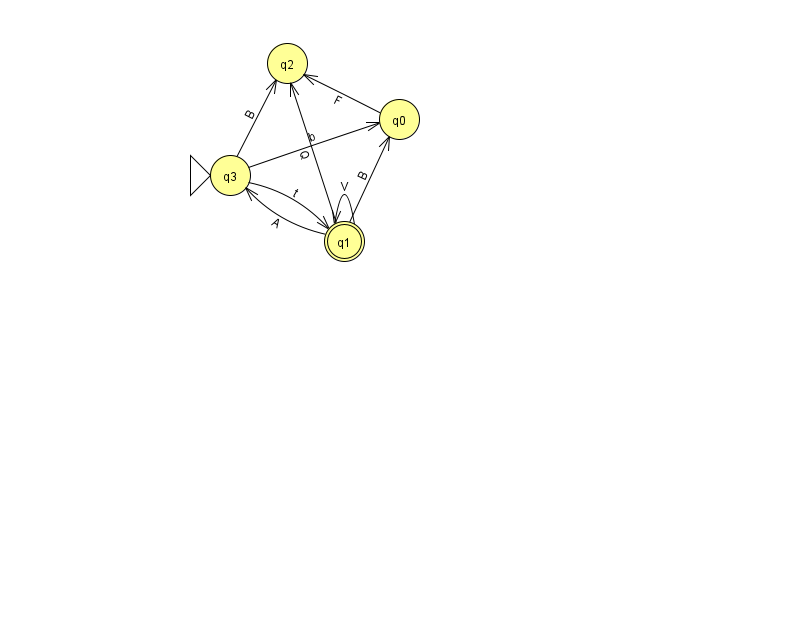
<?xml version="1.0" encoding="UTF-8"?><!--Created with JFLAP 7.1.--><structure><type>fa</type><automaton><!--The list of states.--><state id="0" name="q0"><x>399.0</x><y>106.0</y></state><state id="1" name="q1"><x>344.0</x><y>228.0</y><final/></state><state id="2" name="q2"><x>287.0</x><y>50.0</y></state><state id="3" name="q3"><x>230.0</x><y>162.0</y><initial/></state><!--The list of transitions.--><transition><from>1</from><to>2</to><read>Q</read></transition><transition><from>3</from><to>0</to><read>b</read></transition><transition><from>0</from><to>2</to><read>F</read></transition><transition><from>3</from><to>1</to><read>t</read></transition><transition><from>3</from><to>2</to><read>B</read></transition><transition><from>1</from><to>0</to><read>B</read></transition><transition><from>1</from><to>1</to><read>V</read></transition><transition><from>1</from><to>3</to><read>A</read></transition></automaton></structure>